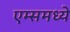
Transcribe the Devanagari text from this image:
एम्समध्ये